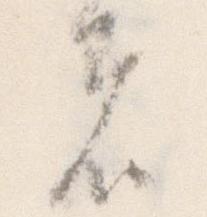
者